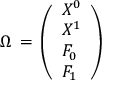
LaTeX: \Omega \, = \, \left( \begin{array} { l } { { X ^ { 0 } } } \\ { { X ^ { 1 } } } \\ { { F _ { 0 } } } \\ { { F _ { 1 } } } \end{array} \right)